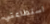
استطاعتي